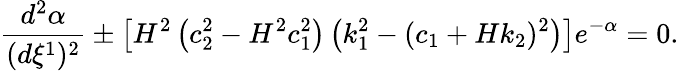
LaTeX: \frac{d^{2}\alpha}{(d\xi^{1})^{2}}\pm\left[H^{2}\left(c_{2}^{2}-H^{2}c_{1}^{2}\right)\left(k_{1}^{2}-(c_{1}+Hk_{2})^{2}\right)\right]e^{-\alpha}=0.